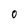
Character: 0